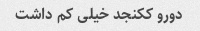
دورو ککنجد خیلی کم داشت